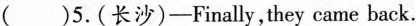
( )5.(长沙)——Finally,they came back.